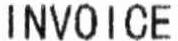
INVOICE